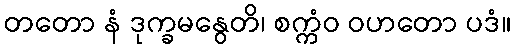
တတော နံ ဒုက္ခမနွေတိ၊ စက္ကံဝ ဝဟတော ပဒံ။